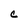
Character: C